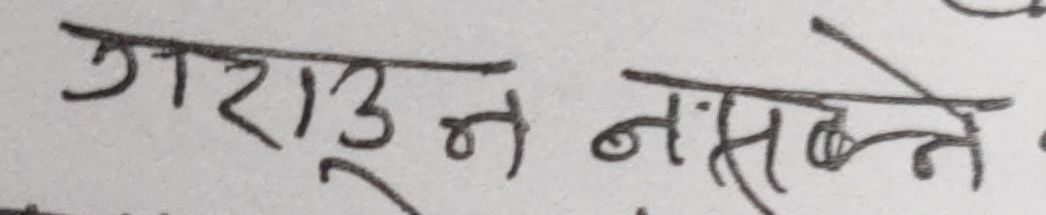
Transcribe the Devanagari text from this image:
गराउन नसक्ने